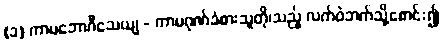
(၁) ကာမဘောဂီသေယျ - ကာမဂုဏ်ခံစားသူတို၊သည့် လက်ဝဲဘက်သို့စောင်း၍